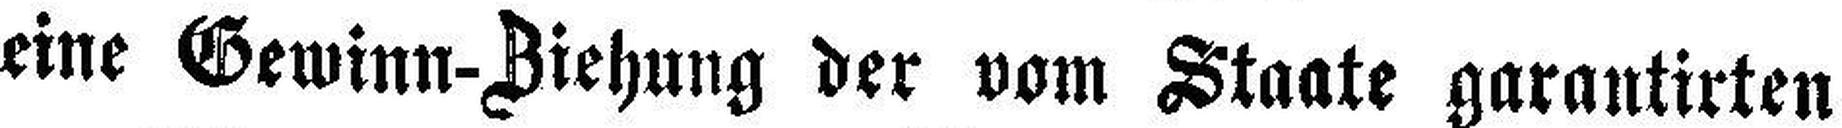
eine Gewinn-Ziehung der vom Staate garantirten